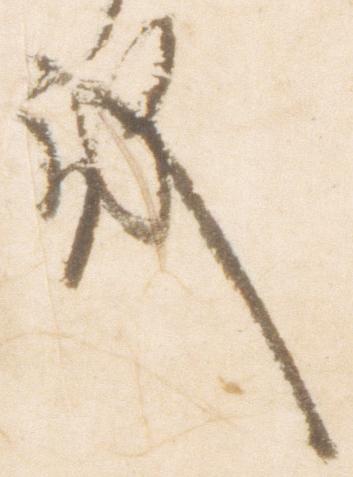
殿